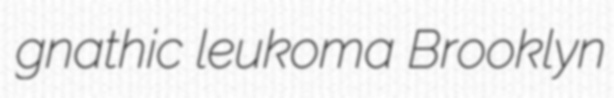
gnathic leukoma Brooklyn